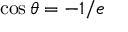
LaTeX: \cos \theta = - 1 / e